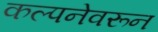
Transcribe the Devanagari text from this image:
कल्पनेवरून